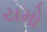
યમો